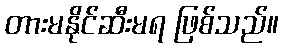
တားမနိုင်ဆီးမရ ဖြစ်သည်။